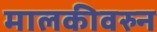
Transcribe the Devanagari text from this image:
मालकीवरुन